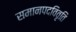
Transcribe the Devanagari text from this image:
समानपदविवृति